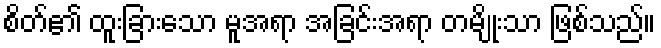
စိတ်၏ ထူးခြားသော မူအရာ အခြင်းအရာ တမျိုးသာ ဖြစ်သည်။